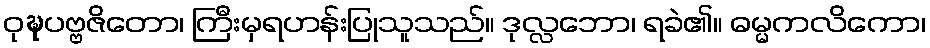
ဝုဍ္ဎပဗ္ဗဇိတော၊ ကြီးမှရဟန်းပြုသူသည်။ ဒုလ္လဘော၊ ရခဲ၏။ ဓမ္မကလိကော၊